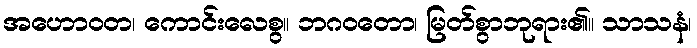
အဟောဝတ၊ ကောင်းလေစွ။ ဘဂဝတော၊ မြတ်စွာဘုရား၏။ သာသနံ၊